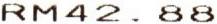
RM42.88